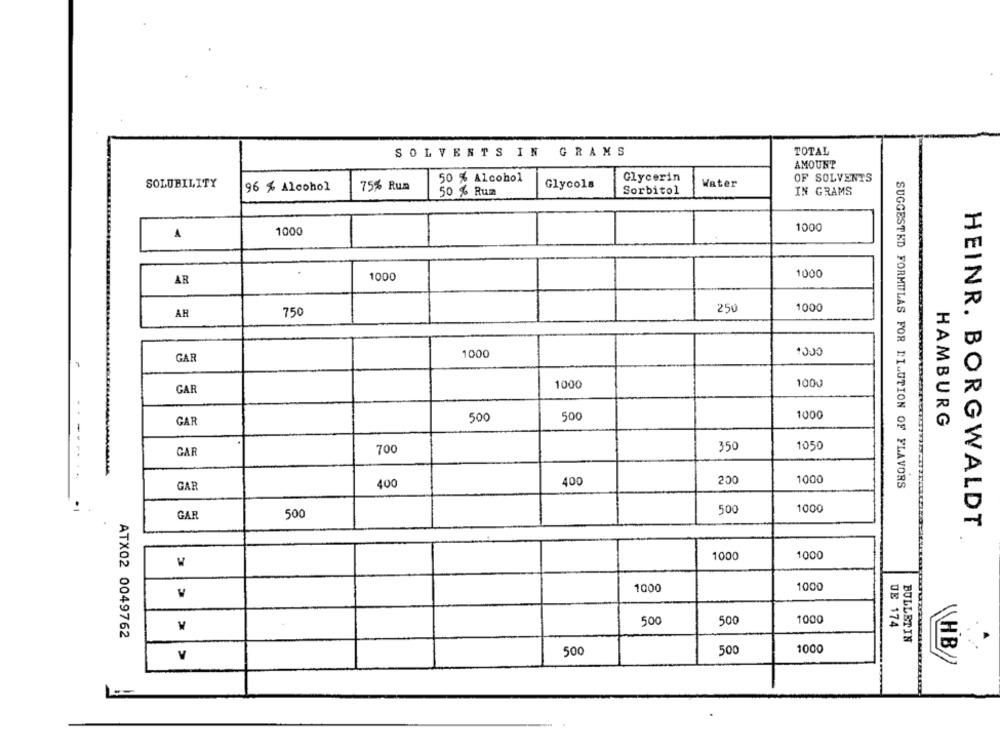
TOTAL
SOLVENTS IN GRAMS
AMOUNT
50 % Alcohol
Glycerin
OF SOLVENTS
SOLUBILITY
96 % Alcohol
75% Rum
Glycols
Water
50 % Rum
Sorbitol
IN GRAMS
1000
1000
1000
1000
AR
1000
AR
750
250
1000
GAR
1000
1000
GAR
1000
500
500
1000
GAF
HAMBURG
700
350
1050
GAR
oce
400
1000
GAR
400
SUGGESTED FORMULAS FOR DILUTION OF FLAVORS
500
1000
GAR
50
HEINR. BORGWALDT
1000
1000
W
1000
1000
500
500
1000
DE 174
ATX02 0049762
BULLETIN
500
500
1000
V
HB